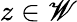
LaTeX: z\in\mathscr{W}